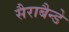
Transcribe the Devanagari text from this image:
सैराबैन्डे